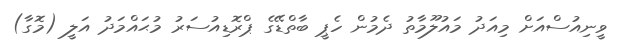
ވީނިއުސްއަށް މިއަދު މައުލޫމާތު ދެމުން ހެޕީ ބާތްޑޭގެ ޕްރޮޑިއުސަރު މުޙައްމަދު އަލީ (މޮގާ)